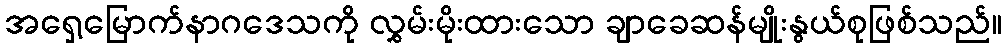
အရှေ့မြောက်နာဂဒေသကို လွှမ်းမိုးထားသော ချာခေဆန်မျိုးနွယ်စုဖြစ်သည်။